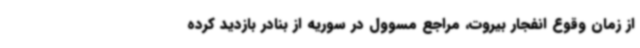
از زمان وقوع انفجار بیروت، مراجع مسوول در سوریه از بنادر بازدید کرده